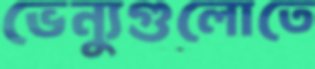
ভেন্যুগুলোতে